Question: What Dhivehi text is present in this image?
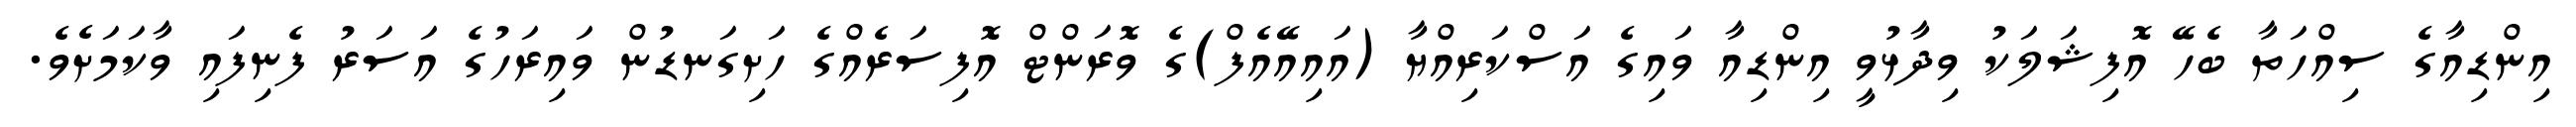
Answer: އިންޑިއާގެ ސިއްހަތާ ބެހޭ އޮފިޝަލަކު ވިދާޅުވީ އިންޑިއާ ވައިގެ އަސްކަރިއްޔާ (އައިއޭއެފް)ގެ ވޮރަންޓް އޮފިސަރެއްގެ ހަށިގަނޑުން ވައިރަހުގެ އަސަރު ފެނިފައި ވާކަމަށެވެ.